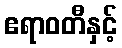
ဧရာဝတီနှင့်